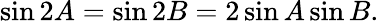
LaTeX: \displaystyle\sin{2A}=\sin{2B}=2\sin{A}\sin{B}.